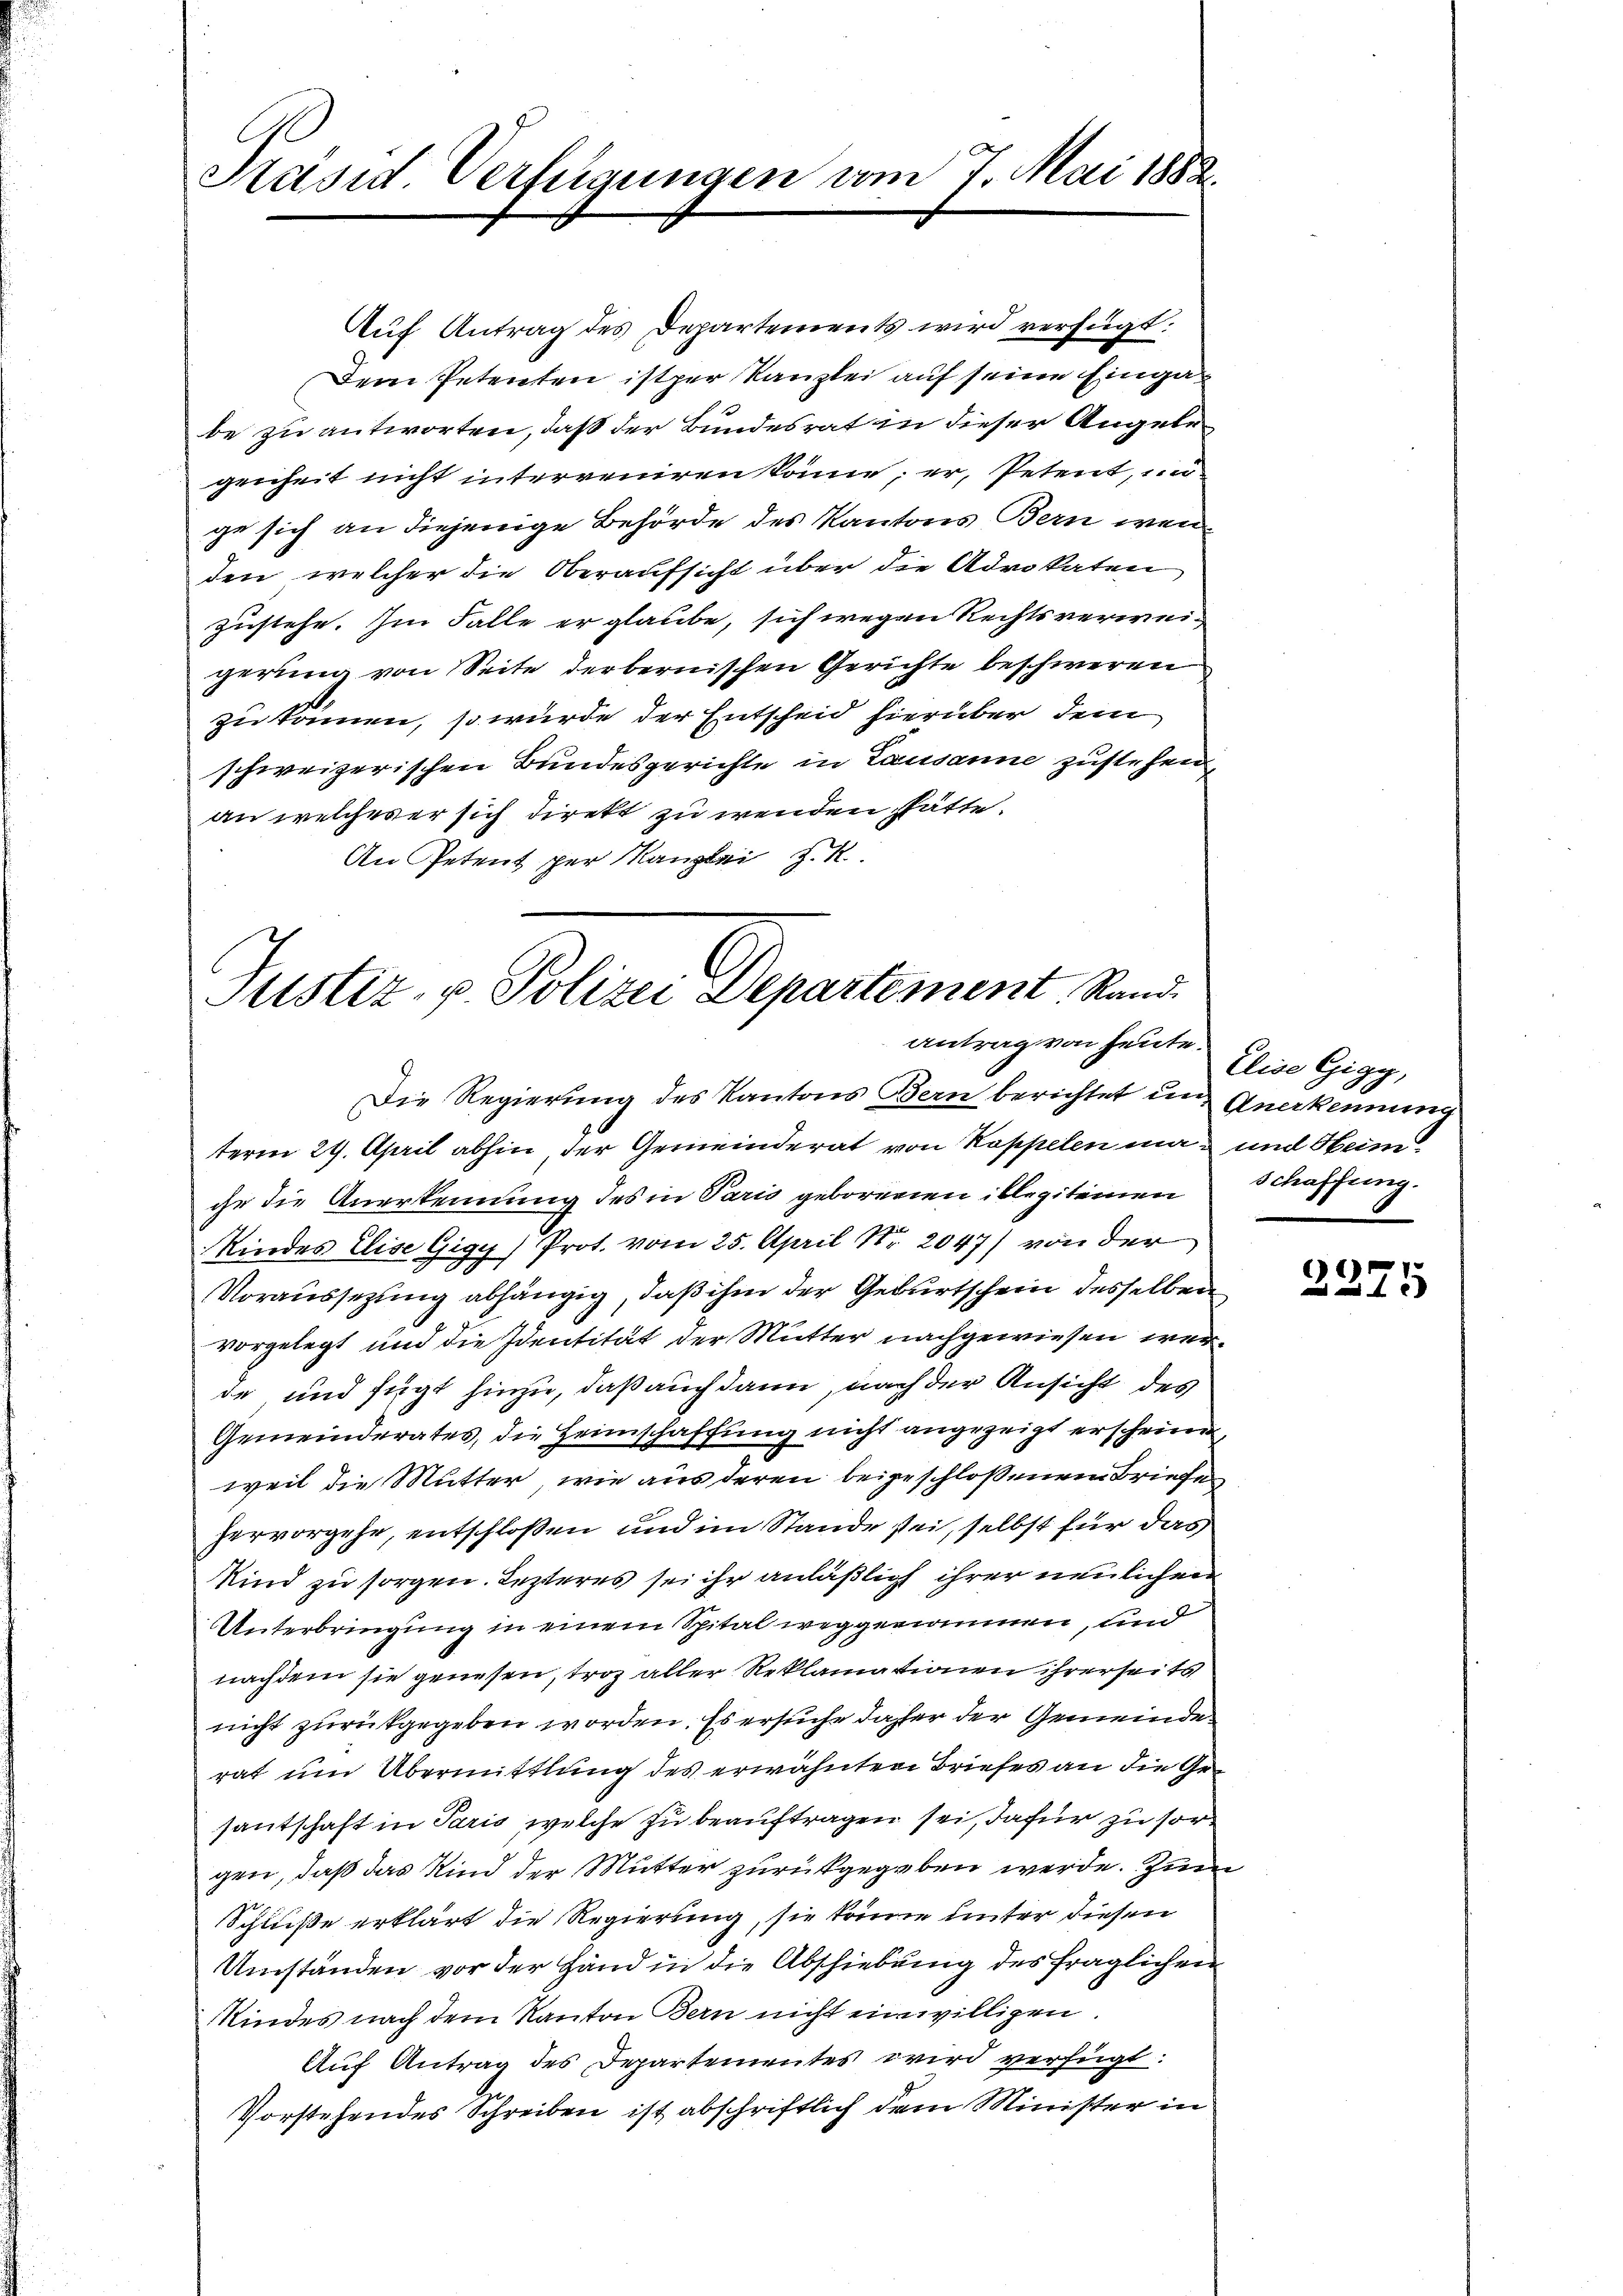
Präsid. Verfügungen vom 7. Mai 1882.

Auf Antrag des Departements wird verfügt:
Dem Petenten istper Kanzlei auf seine Eingabe zu antworten, daß der Bundesrat in dieser Angelegenheit nicht interreniren könne; er, Petent, un
ge sich an diejenige Behörde des Kantons Bern wen
den, welcher die Oberaufsicht über die Advokaten
zustehe. Im Falle er glaube, sich wegen Rechtsverweigerung von Seite derbernischen Gerichte beschweren
zu kommen, so würde der Entscheid hierüber dem
schweizerischen Bundesgerichte in Lausanne zustehen.
an welcherer sich direkt zu wenden hätte.
An Petent der Kanzlei R

Justiz, u. Polizei Departement, Rand
antrag von heute.

Die Regierung des Kantons Bern berichtet und Anerkennung
term 29. April abhin, der Gemeinderat von Koppelen man und Heim
ihr die Anerkennung des in Paris geborenen illegitemen
Kindes Elise Gigy) Prot. vom 25. April Nr. 2047) von der
Voraussetting abhängig, daß ihm der Geburtschein desselben
vorgelegt und die Identität der Mutter nachgewiesen werde und fügt hinzu, daß auch dann, nach der Ansicht des
Gemeinderates, die Heimschaffung nicht angezeigt erscheinen,
weil die Mutter, wie aus deren beigeschlossenem Briefe
hervorgehe, entschloßen und im Stande sei, selbst für das
Kind zu sorgen. Letzteres sei ihr anläßlich ihrer neulichen
Unterbringung in einem Spital weggenommen, und
nachdem sie genesen, troz aller Reklamationen ihrerseits
nicht zurückgegeben worden. Es ersuche daher der Gemeinde
rat um Übermittlung des erwähnten Briefes an die Gesantschaft in Paris, welche zu beauftragen sei, dafür zu sorgen, daß das Kind der Mutter zurückgegeben werde. Zum
Schluße erklärt die Regierung, sie könne unter diesen
Umständen vor der Hand in die Abschiebung des fraglichen
Kindes nach dem Kanton Bern nicht einwilligen.
Auf Antrag des Departementes wird verfügt:
Vorstehendes Schreiben ist abschriftlich dem Minister in

Elise Gigy,
schaffung.

1)
x